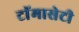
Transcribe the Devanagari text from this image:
टाॅमासेटी